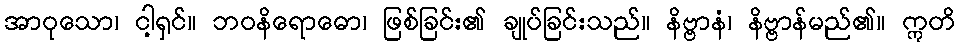
အာဝုသော၊ ငါ့ရှင်။ ဘဝနိရောဓော၊ ဖြစ်ခြင်း၏ ချုပ်ခြင်းသည်။ နိဗ္ဗာနံ၊ နိဗ္ဗာန်မည်၏။ ဣတိ